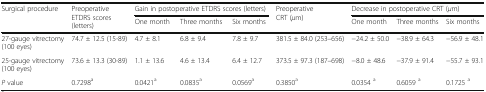
| <ROWSPAN=2> Surgical procedure | <ROWSPAN=2> Preoperative ETDRS scores (letters) | <COLSPAN=3> Gain in postoperative ETDRS scores (letters) | <ROWSPAN=2> PreoperativeCRT (μm) | <COLSPAN=3> Decrease in postoperative CRT (μm) |
 | One month | Three months | Six months | One month | Three months | Six months |
 | --- | --- | --- | --- | --- | --- | --- | --- | --- |
 | 27-gauge vitrectomy (100 eyes) | 74.7 ± 12.5 (15-89) | 4.7 ± 8.1 | 6.8 ± 9.4 | 7.8 ± 9.7 | 381.5 ± 84.0 (253–656) | −24.2 ± 50.0 | −38.9 ± 64.3 | −56.9 ± 48.1 |
 | 25-gauge vitrectomy (100 eyes) | 73.6 ± 13.3 (30-89) | 1.1 ± 13.6 | 4.6 ± 13.4 | 6.4 ± 12.7 | 373.5 ± 97.3 (187–698) | −8.0 ± 48.6 | −37.9 ± 91.4 | −55.7 ± 93.1 |
 | P value | 0.7298<strike>a</strike> | 0.0421a | 0.0835a | 0.0569a | 0.3850a | 0.0354 a | 0.6059 a | 0.1725 a |